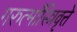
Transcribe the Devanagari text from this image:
गरुत्माँस्त्रिवृत्ते